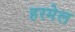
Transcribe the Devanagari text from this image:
हरमेल